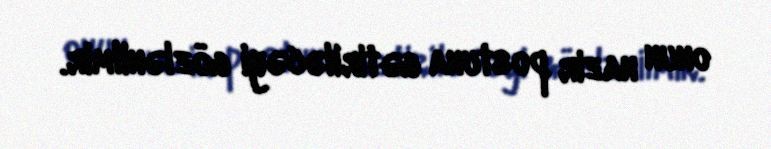
onun nazir postuna gətiriləcəyi gözlənilmir.